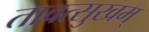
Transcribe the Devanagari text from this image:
तावत्सुखम्